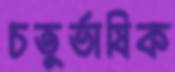
চতুর্ভাষিক